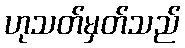
ဟုသတ်မှတ်သည်